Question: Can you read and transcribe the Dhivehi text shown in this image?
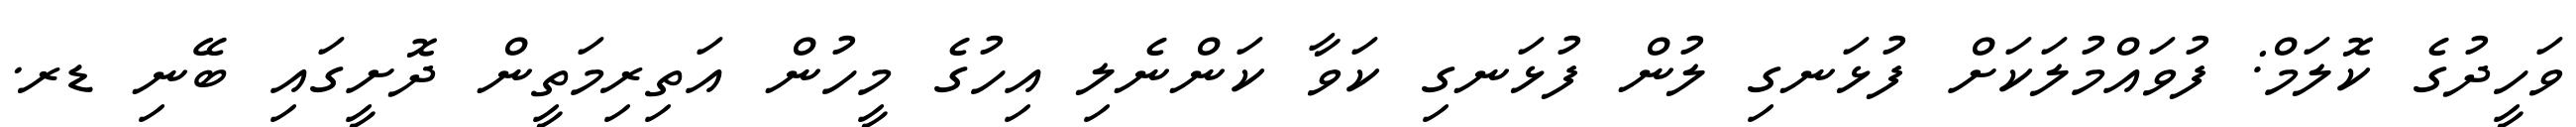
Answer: ވަހީދުގެ ކޮލަމް: ފުވައްމުލަކަށް ފުޅަނގި ލުން ފުޅަނގި ކަވާ ކަންނެލި އިހުގެ މީހުން އަތިރިމަތީން ދޮށީގައި ބޭނި ޑރ.